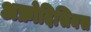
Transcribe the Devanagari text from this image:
अफ्रोदिसियस